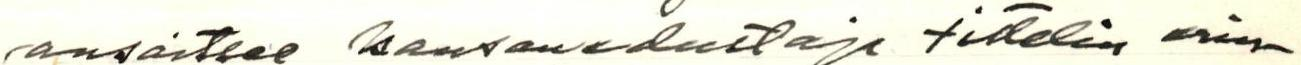
ansaitsee kansanedustaja tittelin erin-